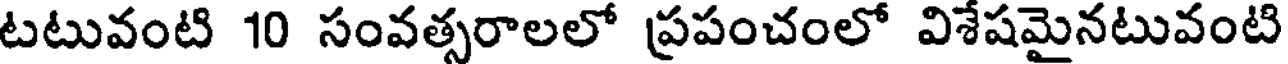
టటువంటి 10 సంవత్సరాలలో ప్రపంచంలో విశేషమైనటువంటి